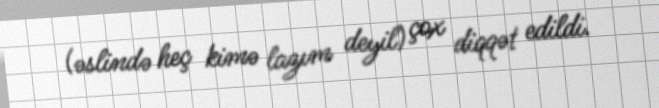
(əslində heç kimə lazım deyil) çox diqqət edildi.